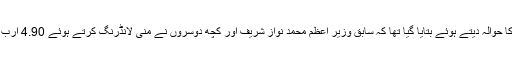
نیب کے پریس ریلیز یا اعلامیے میں ورلڈ بنک کی کسی پرانی رپورٹ کا حوالہ دیتے ہوئے بتایا گیا تھا کہ سابق وزیر اعظم محمد نواز شریف اور کچھ دوسروں نے منی لانڈرنگ کرتے ہوئے 4.90 ارب ڈالر یعنی تقریبا پونے چھ کھرب روپے پاکستان سے بھارت منتقل کیے۔